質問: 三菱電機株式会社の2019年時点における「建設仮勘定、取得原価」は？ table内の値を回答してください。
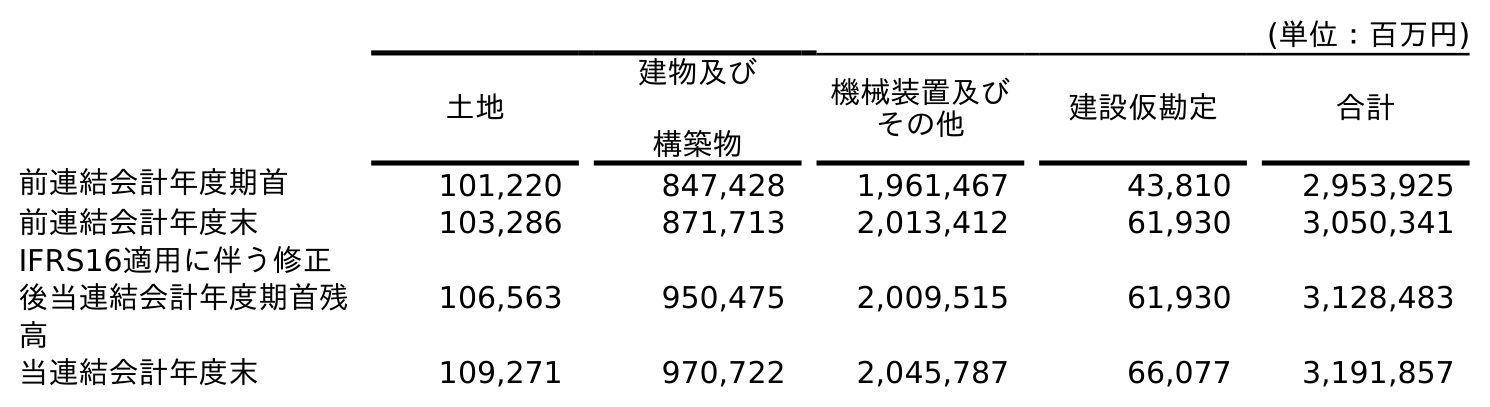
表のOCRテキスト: (単位：百万円) 土地 建物及び 構築物 機械装置及び その他 建設仮勘定 合計 前連結会計年度期首 101,220 847,428 1,961,467 43,810 2,953,925 前連結会計年度末 103,286 871,713 2,013,412 61,930 3,050,341 IFRS16適用に伴う修正 後当連結会計年度期首残 高 106,563 950,475 2,009,515 61,930 3,128,483 当連結会計年度末 109,271 970,722 2,045,787 66,077 3,191,857
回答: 61,930